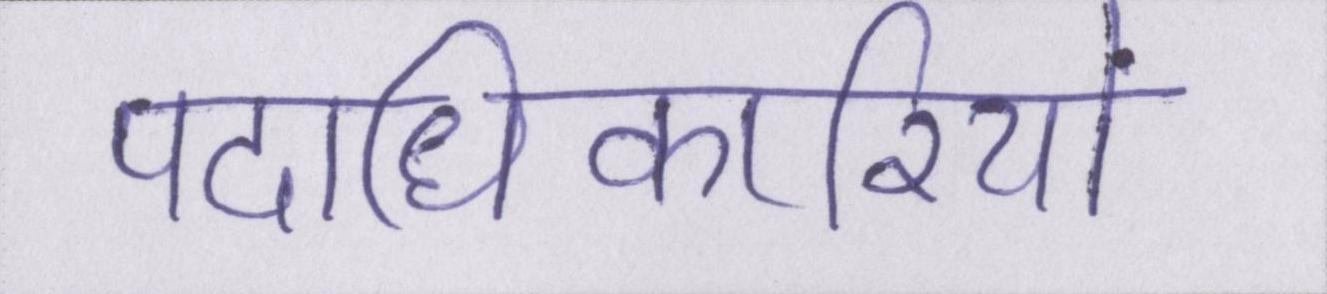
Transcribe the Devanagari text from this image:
पदाधिकारियों